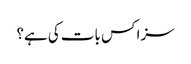
سزا کس بات کی ہے؟